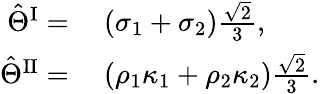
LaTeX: \begin{array}{rl}{\hat{\Theta}^{\mathrm{I}}=}&{{}~(\sigma_{1}+\sigma_{2})\frac{\sqrt{2}}{3},}\\ {\hat{\Theta}^{\mathrm{II}}=}&{{}~(\rho_{1}\kappa_{1}+\rho_{2}\kappa_{2})\frac{\sqrt{2}}{3}.}\end{array}